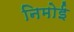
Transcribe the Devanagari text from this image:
निमोई